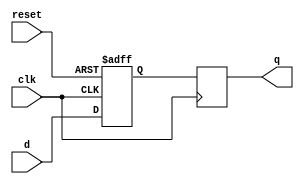
module flip_flop(
    input wire clk,
    input wire reset,
    input wire d,
    output reg q
);

reg q_temp;

always @(posedge clk or posedge reset) begin
    if (reset) begin
        q_temp <= 1'b0;
    end else begin
        q_temp <= d;
    end
end

always @(posedge clk) begin
    q <= q_temp;
end

endmodule